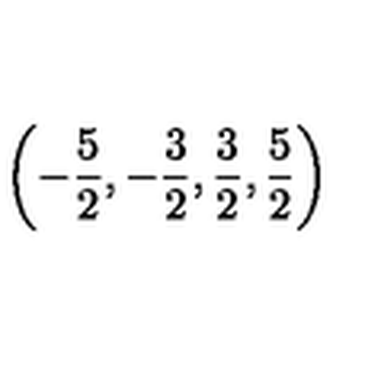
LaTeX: \left( - \frac { 5 } { 2 } , - \frac { 3 } { 2 } , \frac { 3 } { 2 } , \frac { 5 } { 2 } \right) \protect